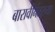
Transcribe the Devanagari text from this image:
बारावीनंतरच्या